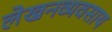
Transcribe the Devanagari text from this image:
लेखनव्यवसाय